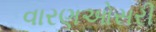
વારણઓસરી